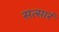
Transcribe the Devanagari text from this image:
सत्सार॔